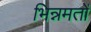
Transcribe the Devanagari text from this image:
भिन्नमतों